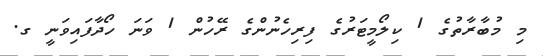
މި މުބާރާތުގެ 1 ކިލޯމީޓަރުގެ ފިރިހެނުންގެ ރޭހުން 1 ވަނަ ހޯދާފައިވަނީ ގ.